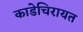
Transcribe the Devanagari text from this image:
काडेचिरायत